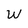
Character: W